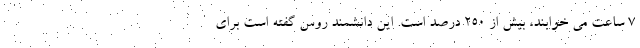
7 ساعت می خوابند، بیش از 250 درصد است. این دانشمند روس گفته است برای